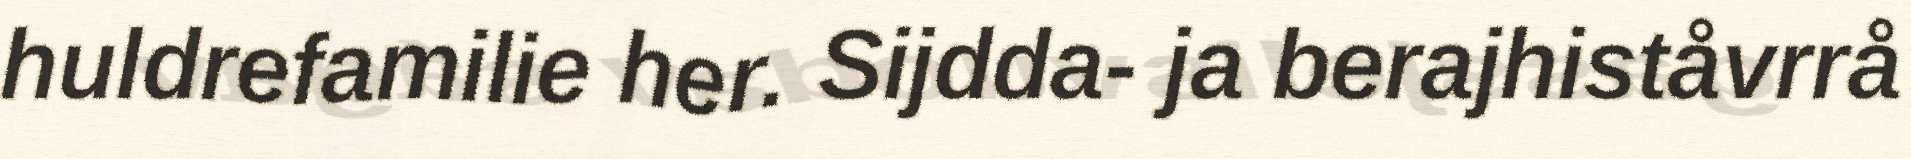
huldrefamilie her. Sijdda- ja berajhiståvrrå